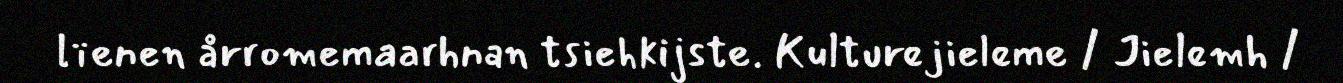
lïenen årromemaarhnan tsiehkijste. Kulturejieleme / Jielemh /